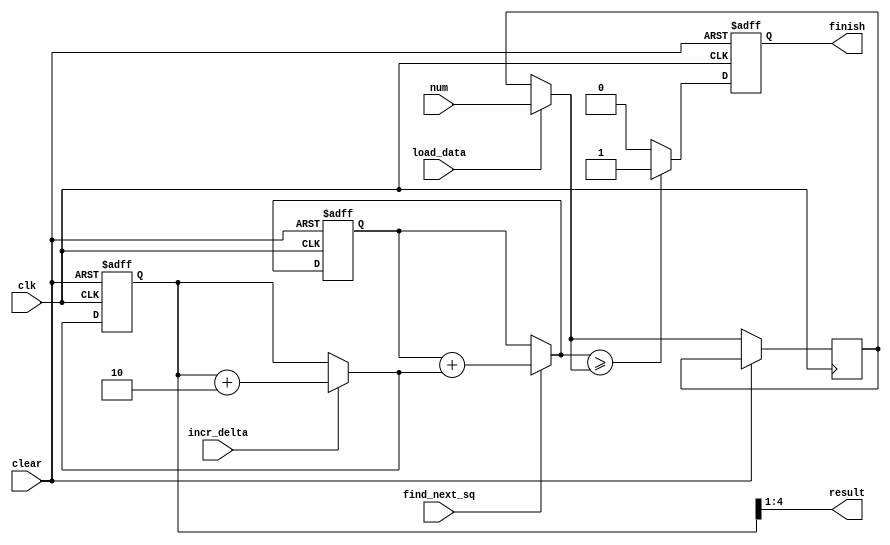

module sqrt_data_path(num, load_data, incr_delta, find_next_sq, clk, finish, result, clear);
  input load_data, incr_delta, find_next_sq, clk, clear;
  input [6:0] num;
  output reg finish;
  output [3:0] result;
  
  reg [6:0] Rn, Rdata;
  reg [4:0] Rdelta;
  
  always @(posedge clk, posedge clear) begin
    if (clear) begin
      	Rn = 1;
      	Rdelta = 3;
        finish = 0;
    end else begin
        if (load_data)    Rdata = num;
        if (incr_delta)   Rdelta = Rdelta + 2;
        if (find_next_sq) Rn = Rn + Rdelta;
        if (Rn >= Rdata)  begin
            finish = 1;
        end else begin
            finish = 0;
        end
    end
  end
  
  assign result = (Rdelta >>> 1);

endmodule